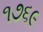
૧૭૬૯